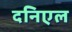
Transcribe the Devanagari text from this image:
दनिएल